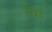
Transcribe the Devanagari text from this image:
वेखंडे